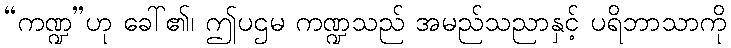
“ကဏ္ဍ”ဟု ခေါ်၏၊ ဤပဌမ ကဏ္ဍသည် အမည်သညာနှင့် ပရိဘာသာကို